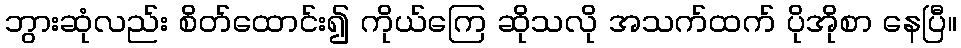
ဘွားဆုံလည်း စိတ်ထောင်း၍ ကိုယ်ကြေ ဆိုသလို အသက်ထက် ပိုအိုစာ နေပြီ။